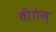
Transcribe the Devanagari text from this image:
वीरोस्